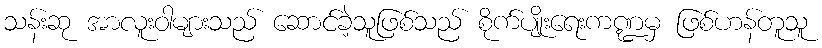
သန်းဆု အာလူးဝါများသည် ဆောင်ခဲ့သူဖြစ်သည် စိုက်ပျိုးရေးကဏ္ဍမှ ဖြစ်ဟန်တူသူ